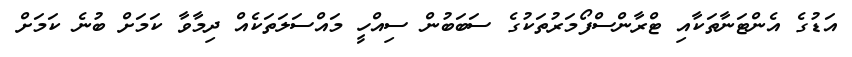
އަޑުގެ އެންޓަނާތަކާއި ޓްރާންސްފޯމަރުތަކުގެ ސަބަބުން ސިއްހީ މައްސަލަތަކެއް ދިމާވާ ކަމަށް ބުނެ ކަމަށް